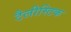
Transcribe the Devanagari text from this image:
टैलीस्टिक